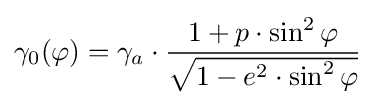
\gamma _{0}(\varphi )=\gamma _{a}\cdot {\frac {1+p\cdot \sin ^{2}\varphi }{\sqrt {1-e^{2}\cdot \sin ^{2}\varphi }}}